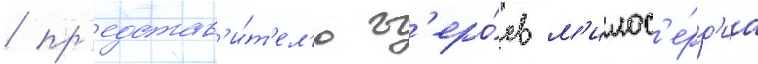
/ пр'едстав'и́т'ел'ю г'еро́ев м'илос'е́рд'иа